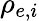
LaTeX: \rho_{e,i}